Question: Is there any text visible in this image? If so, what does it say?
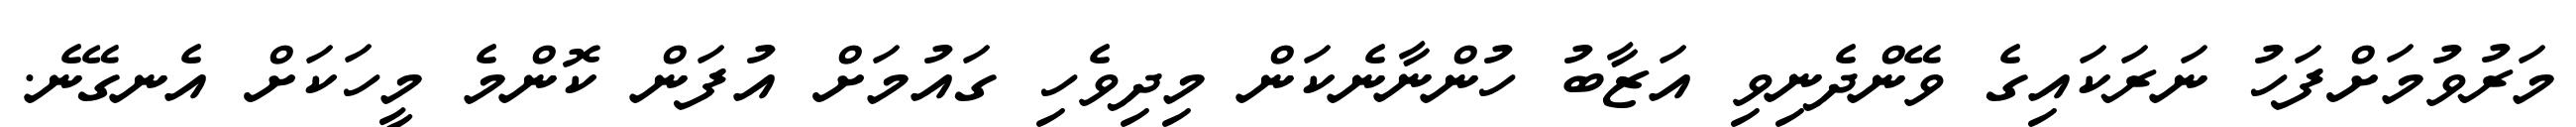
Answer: މަރުވުމަށްފަހު ނަރަކައިގެ ވޭންދެނިވި އަޒާބު ހުންނާނެކަން މިދިވެހި ގައުމަށް އުފަން ކޮންމެ މީހަކަށް އެނގޭނެ.